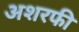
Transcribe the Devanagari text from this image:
अशरफी